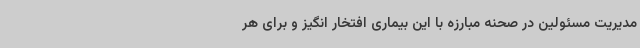
مدیریت مسئولین در صحنه مبارزه با این بیماری افتخار انگیز و برای هر